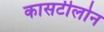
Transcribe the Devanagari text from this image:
कासटीलोन